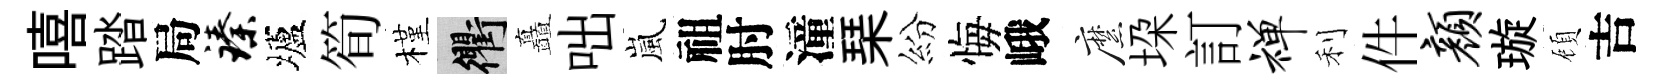
嘻踏局臻壚筍槿衢矗咄嵐祖肘潼琹紛悔峨縻垜訂禅利件颜璇頋吉